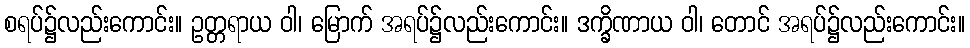
စရပ်၌လည်းကောင်း။ ဥတ္တရာယ ဝါ၊ မြောက် အရပ်၌လည်းကောင်း။ ဒက္ခိဏာယ ဝါ၊ တောင် အရပ်၌လည်းကောင်း။